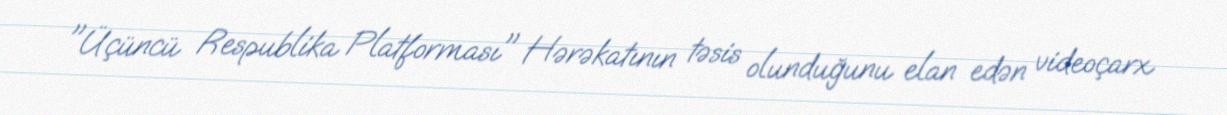
"Üçüncü Respublika Platforması" Hərəkatının təsis olunduğunu elan edən videoçarx